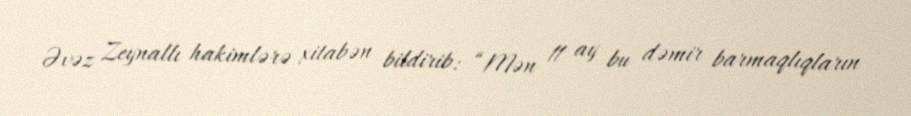
Əvəz Zeynallı hakimlərə xitabən bildirib: “Mən 11 ay bu dəmir barmaqlıqların